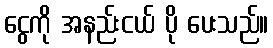
ငွေကို အနည်းငယ် ပို ပေးသည်။